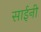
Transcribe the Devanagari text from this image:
साईनी